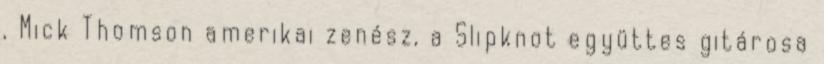
, Mick Thomson amerikai zenész, a Slipknot együttes gitárosa